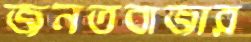
জনতবাজার